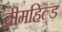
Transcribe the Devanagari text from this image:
ब्रीमहिल्ड